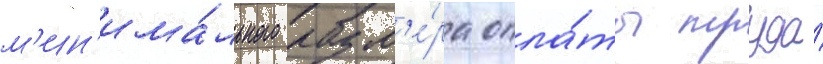
м'ин'има́льного разм'е́ра опла́ты труда́